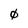
Character: 0